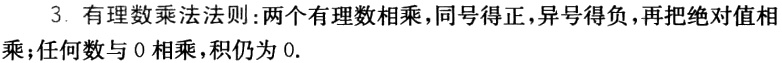
3. 有理数乘法法则：两个有理数相乘，同号得正，异号得负，再把绝对值相乘；任何数与 0 相乘，积仍为 0.